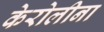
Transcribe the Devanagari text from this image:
केरोलीना